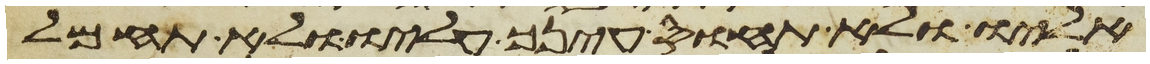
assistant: אליו ולא תחוס עינך עליו ולא תחמל